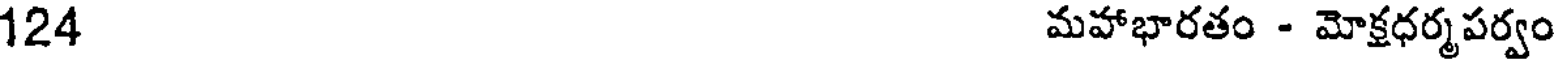
124 మహాభారతం - మోక్షధర్మపర్వం